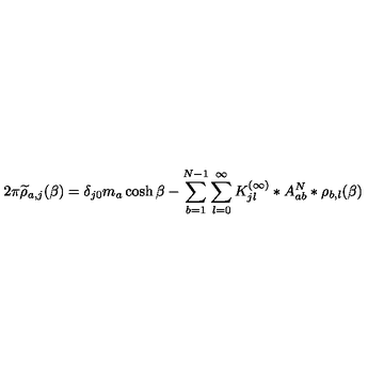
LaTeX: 2 \pi \widetilde { \rho } _ { a , j } ( \beta ) = \delta _ { j 0 } m _ { a } \cosh \beta - \sum _ { b = 1 } ^ { N - 1 } \sum _ { l = 0 } ^ { \infty } { K _ { j l } ^ { ( \infty ) } } * A _ { a b } ^ { N } * \rho _ { b , l } ( \beta )